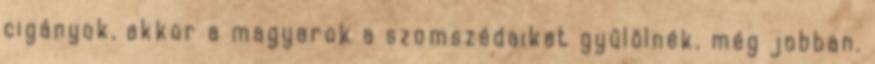
cigányok, akkor a magyarok a szomszédaikat gyűlölnék. még jobban.